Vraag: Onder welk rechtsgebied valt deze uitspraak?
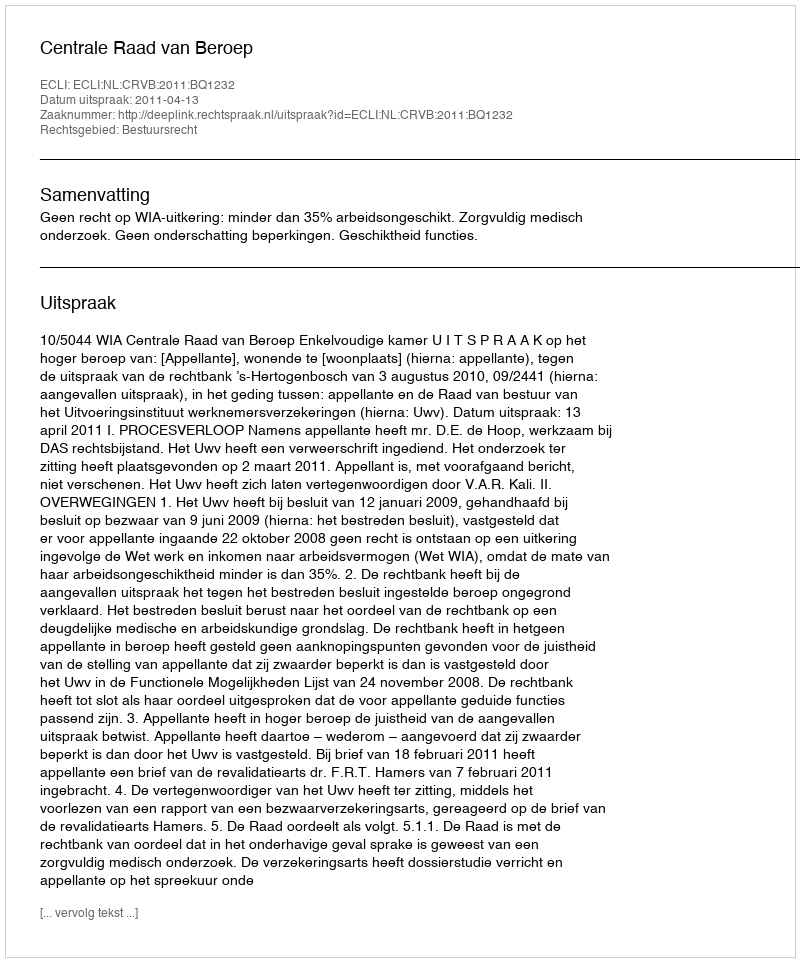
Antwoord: Bestuursrecht